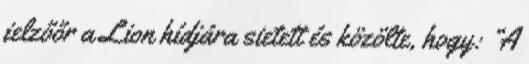
jelzőőr a Lion hídjára sietett és közölte, hogy: “A